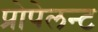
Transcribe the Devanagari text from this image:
प्रोपेलन्ट